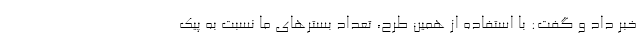
خبر داد و گفت: با استفاده از همین طرح، تعداد بسترهای ما نسبت به پیک